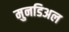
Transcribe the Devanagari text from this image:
मुनडिअल